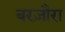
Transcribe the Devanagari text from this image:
बरज़ौरा